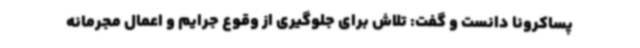
پساکرونا دانست و گفت: تلاش برای جلوگیری از وقوع جرایم و اعمال مجرمانه